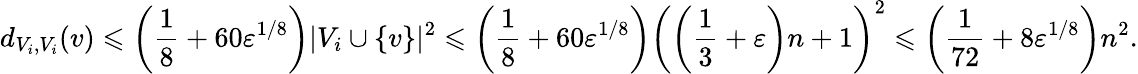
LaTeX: d_{V_{i},V_{i}}(v)\leqslant\left(\frac{1}{8}+60\varepsilon^{1/8}\right)|V_{i}\cup\{ v\} |^{2}\leqslant\left(\frac{1}{8}+60\varepsilon^{1/8}\right)\left(\left(\frac{1}{3}+\varepsilon\right)n+1\right)^{2}\leqslant\left(\frac{1}{72}+8\varepsilon^{1/8}\right)n^{2}.